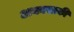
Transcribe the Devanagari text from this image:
अकासाकी